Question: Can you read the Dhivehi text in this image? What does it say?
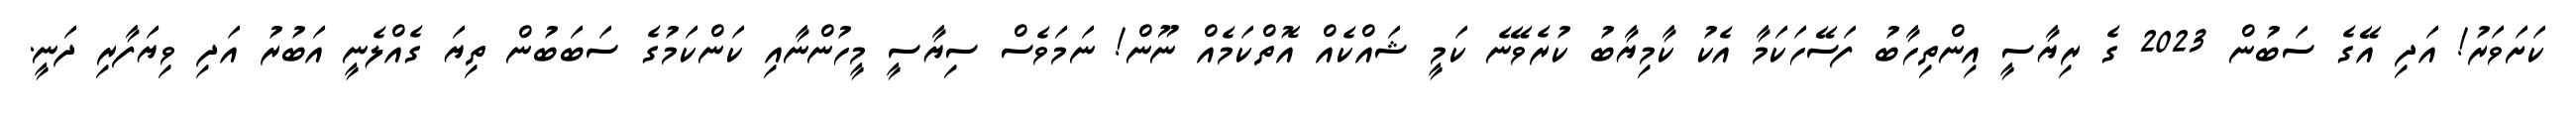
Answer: ކަށަވަރު! އަދި އޭގެ ސަބުން 2023 ގެ ރިޔާސީ އިންތިހާބު ފަސޭހަކަމާ އެކު ކާމިޔާބު ކުރެވޭނެ ކަމީ ޝައްކެއް އޮތްކަމެއް ނޫން! ނަމަވެސް ސިޔާސީ މީހުންނާއި ކަންކަމުގެ ސަބަބުން ތިޔަ ގެއްލެނީ އަބުރު އަދި ވިޔަފާރި ދަނީ.